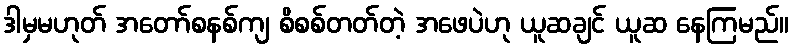
ဒါမှမဟုတ် အတော်စနစ်ကျ စိစစ်တတ်တဲ့ အဖေပဲဟု ယူဆချင် ယူဆ နေကြမည်။